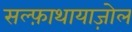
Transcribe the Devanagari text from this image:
सल्फ़ाथायाज़ोल